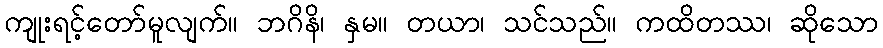
ကျုးရင့်တော်မူလျက်။ ဘဂိနိ၊ နှမ။ တယာ၊ သင်သည်။ ကထိတဿ၊ ဆိုသော